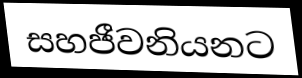
සහජීවනියනට